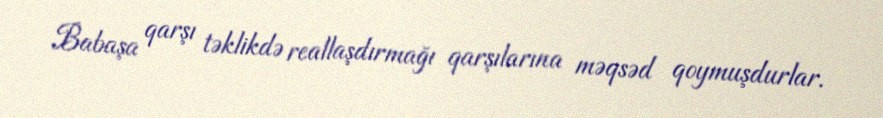
Babaşa qarşı təklikdə reallaşdırmağı qarşılarına məqsəd qoymuşdurlar.